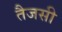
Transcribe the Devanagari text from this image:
तैजसी